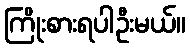
ကြိုးစားရပါဦးမယ်။